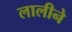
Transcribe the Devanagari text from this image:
लालीने